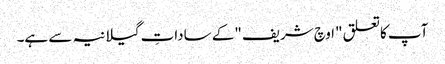
آپ کاتعلق "اوچ شریف "کے ساداتِ گیلانیہ سے ہے۔